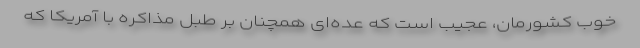
خوب کشورمان، عجیب است که عده‌ای همچنان بر طبل مذاکره با آمریکا که